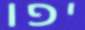
יפו